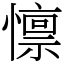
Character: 懔